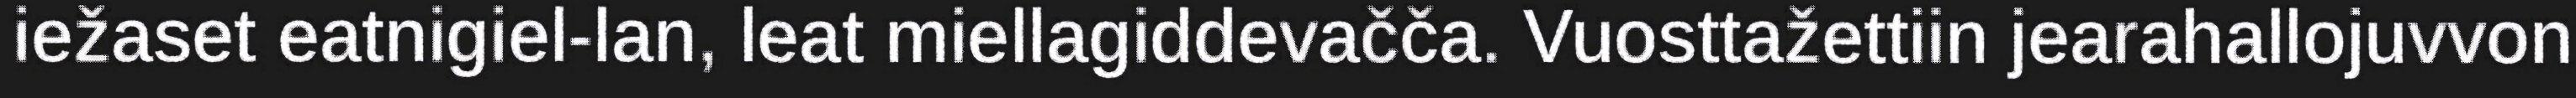
iežaset eatnigiel-lan, leat miellagiddevačča. Vuosttažettiin jearahallojuvvon